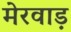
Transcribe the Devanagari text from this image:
मेरवाड़